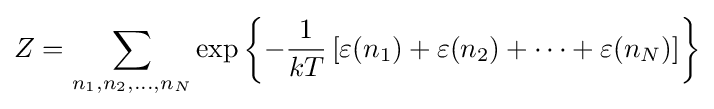
Z=\sum _{n_{1},n_{2},\ldots ,n_{N}}\exp \left\{-{\frac {1}{kT}}\left[\varepsilon (n_{1})+\varepsilon (n_{2})+\cdots +\varepsilon (n_{N})\right]\right\}